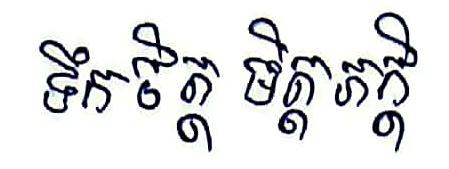
ទឺកចិត្តភក្ដី